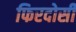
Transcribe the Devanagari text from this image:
फिरदोसी